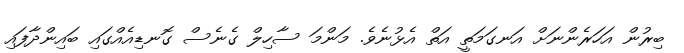
ބިރުން އަހަރެންނަށް އަނގަމަތީ އަތް އެޅުނެވެ. މަންމަ ސާހިލް ގެނެސް ގޮނޑިއެއްގައި ބައިންދާފައި